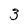
Character: 3